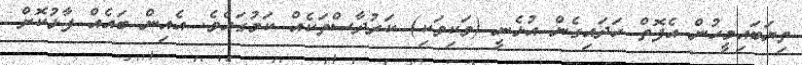
ތިޔަބައިމީހުން އެފޮތް ހަދައިގެން އުޅެނީ (ވަކިވަކި) ކަރުދާސްތަކެއް ކަމުގައެވެ. އެއިން ބައެއް ފާޅުކޮށް